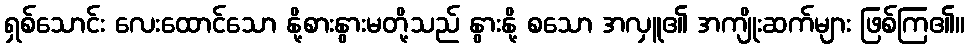
ရှစ်သောင်း လေးထောင်သော နို့စားနွားမတို့သည် နွားနို့ စသော အလှူ၏ အကျိုးဆက်များ ဖြစ်ကြ၏။